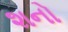
શનો